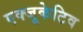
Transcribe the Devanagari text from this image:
एक्‍जूकेटिव